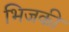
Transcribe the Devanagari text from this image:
भिजकी